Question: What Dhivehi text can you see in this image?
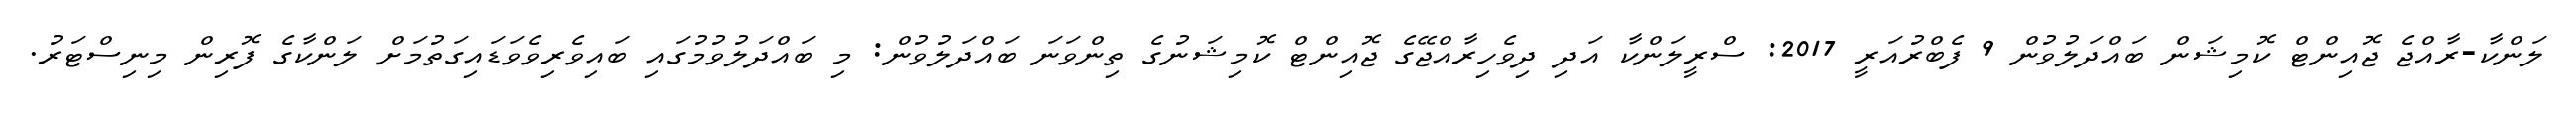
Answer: ލަންކާ-ރާއްޖެ ޖޮއިންޓް ކޮމިޝަން ބައްދަލުވުން 9 ފެބްރުއަރީ 2017: ސްރީލަންކާ އަދި ދިވެހިރާއްޖޭގެ ޖޮއިންޓް ކޮމިޝަނުގެ ތިންވަނަ ބައްދަލުވުން: މި ބައްދަލުވުމުގައި ބައިވެރިވެވަޑައިގަތުމަށް ލަންކާގެ ފޮރިން މިނިސްޓަރު.